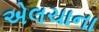
એલચાના